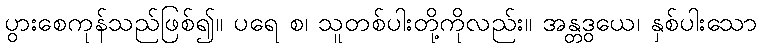
ပွားစေကုန်သည်ဖြစ်၍။ ပရေ စ၊ သူတစ်ပါးတို့ကိုလည်း။ အန္တဒွယေ၊ နှစ်ပါးသော